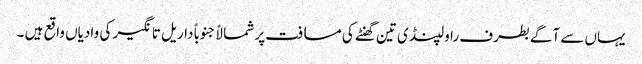
یہاں سے آگے بطرف راولپنڈی تین گھنٹے کی مسافت پر شمالاً جنوباً داریل تانگیر کی وادیاں واقع ہیں ۔